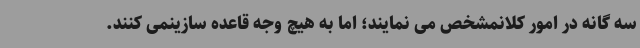
سه گانه در امور کلانمشخص می نمایند؛ اما به هیچ وجه قاعده سازینمی کنند.